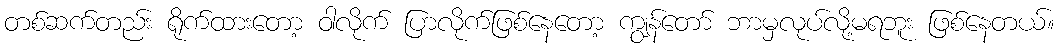
တစ်ဆက်တည်း ရိုက်ထားတော့ ဝါလိုက် ပြာလိုက်ဖြစ်နေတော့ ကျွန်တော် ဘာမှလုပ်လို့မရဘူး ဖြစ်နေတယ်။